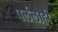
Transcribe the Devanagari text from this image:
पर्ललाही